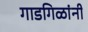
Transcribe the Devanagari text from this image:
गाडगिळांनी